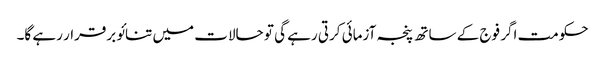
حکومت اگر فوج کے ساتھ پنجہ آزمائی کرتی رہے گی تو حالات میں تنائو برقرار رہے گا۔